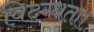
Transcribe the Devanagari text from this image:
विदग्धता।